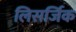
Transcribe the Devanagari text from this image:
लिसर्जिक